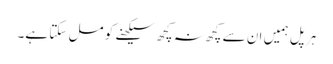
ہر پل ہمیں ان سے کچھ نہ کچھ سیکھنے کو مل سکتا ہے۔